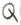
Text: Q